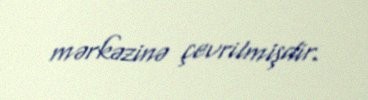
mərkəzinə çevrilmişdir.